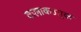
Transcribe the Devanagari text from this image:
कलाकउतुक